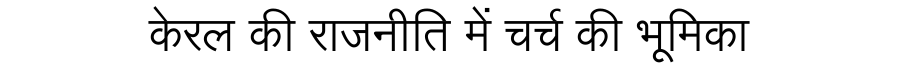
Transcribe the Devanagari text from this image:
केरल की राजनीति में चर्च की भूमिका